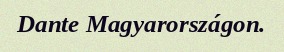
Dante Magyarországon.